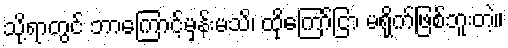
သို့ရာတွင် ဘာကြောင့်မှန်းမသိ၊ ထိုကြော်ငြာ မရိုက်ဖြစ်ဘူးတဲ့။